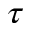
\boldsymbol { \tau }